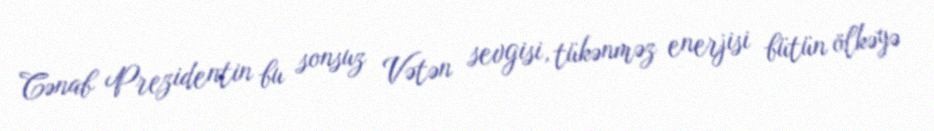
Cənab Prezidentin bu sonsuz Vətən sevgisi, tükənməz enerjisi bütün ölkəyə